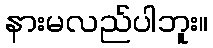
နားမလည်ပါဘူး။